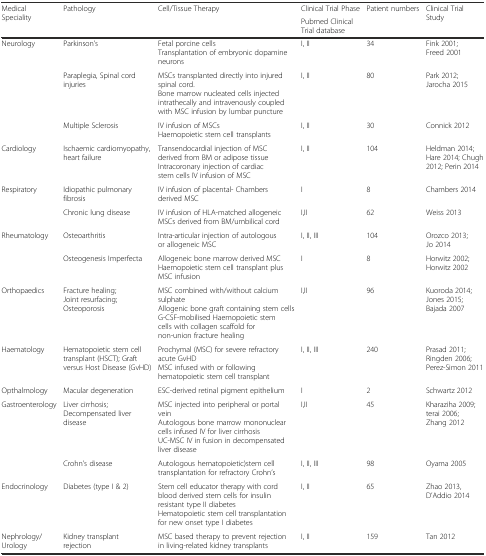
<table><thead><tr><td rowspan="2"><b>Medical Speciality</b></td><td rowspan="2"><b>Pathology</b></td><td rowspan="2"><b>Cell/Tissue Therapy</b></td><td><b>Clinical Trial Phase</b></td><td><b>Patient numbers</b></td><td rowspan="2"><b>Clinical Trial Study</b></td></tr><tr><td colspan="2"><b>Pubmed Clinical Trial database</b></td></tr></thead><tbody><tr><td rowspan="3">Neurology</td><td>Parkinson’s</td><td>Fetal porcine cellsTransplantation of embryonic dopamine neurons</td><td>I, II</td><td>34</td><td>Fink 2001; Freed 2001</td></tr><tr><td>Paraplegia, Spinal cord injuries</td><td>MSCs transplanted directly into injured spinal cord.Bone marrow nucleated cells injected intrathecally and intravenously coupled with MSC infusion by lumbar puncture</td><td>I, II</td><td>80</td><td>Park 2012; Jarocha 2015</td></tr><tr><td>Multiple Sclerosis</td><td>IV infusion of MSCsHaemopoietic stem cell transplants</td><td>I, II</td><td>30</td><td>Connick 2012</td></tr><tr><td>Cardiology</td><td>Ischaemic cardiomyopathy, heart failure</td><td>Transendocardial injection of MSC derived from BM or adipose tissueIntracoronary injection of cardiac stem cells IV infusion of MSC</td><td>I, II</td><td>104</td><td>Heldman 2014; Hare 2014; Chugh 2012; Perin 2014</td></tr><tr><td rowspan="2">Respiratory</td><td>Idiopathic pulmonary fibrosis</td><td>IV infusion of placental- Chambers derived MSC</td><td>I</td><td>8</td><td>Chambers 2014</td></tr><tr><td>Chronic lung disease</td><td>IV infusion of HLA-matched allogeneic MSCs derived from BM/umbilical cord</td><td>I,II</td><td>62</td><td>Weiss 2013</td></tr><tr><td rowspan="2">Rheumatology</td><td>Osteoarthritis</td><td>Intra-articular injection of autologous or allogeneic MSC</td><td>I, II, III</td><td>104</td><td>Orozco 2013; Jo 2014</td></tr><tr><td>Osteogenesis Imperfecta</td><td>Allogeneic bone marrow derived MSCHaemopoietic stem cell transplant plus MSC infusion</td><td>I</td><td>8</td><td>Horwitz 2002; Horwitz 2002</td></tr><tr><td>Orthopaedics</td><td>Fracture healing;Joint resurfacing;Osteoporosis</td><td>MSC combined with/without calcium sulphateAllogenic bone graft containing stem cellsG-CSF-mobilised Haemopoietic stem cells with collagen scaffold for non-union fracture healing</td><td>I,II</td><td>96</td><td>Kuoroda 2014; Jones 2015; Bajada 2007</td></tr><tr><td>Haematology</td><td>Hematopoietic stem cell transplant (HSCT); Graft versus Host Disease (GvHD)</td><td>Prochymal (MSC) for severe refractory acute GvHDMSC infused with or following hematopoietic stem cell transplant</td><td>I, II, III</td><td>240</td><td>Prasad 2011; Ringden 2006; Perez-Simon 2011</td></tr><tr><td>Opthalmology</td><td>Macular degeneration</td><td>ESC-derived retinal pigment epithelium</td><td>I</td><td>2</td><td>Schwartz 2012</td></tr><tr><td rowspan="2">Gastroenterology</td><td>Liver cirrhosis; Decompensated liver disease</td><td>MSC injected into peripheral or portal veinAutologous bone marrow mononuclear cells infused IV for liver cirrhosisUC-MSC IV in fusion in decompensated liver disease</td><td>I,II</td><td>45</td><td>Kharaziha 2009; terai 2006; Zhang 2012</td></tr><tr><td>Crohn’s disease</td><td>Autologous hematopoietic)stem cell transplantation for refractory Crohn’s</td><td>I, II, III</td><td>98</td><td>Oyama 2005</td></tr><tr><td>Endocrinology</td><td>Diabetes (type I &amp; 2)</td><td>Stem cell educator therapy with cord blood derived stem cells for insulin resistant type II diabetesHematopoietic stem cell transplantation for new onset type I diabetes</td><td>I, II</td><td>65</td><td>Zhao 2013, D’Addio 2014</td></tr><tr><td>Nephrology/Urology</td><td>Kidney transplant rejection</td><td>MSC based therapy to prevent rejection in living-related kidney transplants</td><td>I, II</td><td>159</td><td>Tan 2012</td></tr></tbody></table>